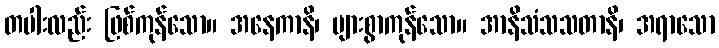
တပါးလည်း ဖြစ်ကုန်သော။ အနေကာနိ၊ များစွာကုန်သော။ အာနိသံသသတာနိ၊ အရာသော